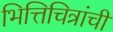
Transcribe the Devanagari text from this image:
भित्तिचित्रांची